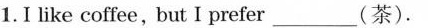
1.I like coffee, but I prefer_(茶).